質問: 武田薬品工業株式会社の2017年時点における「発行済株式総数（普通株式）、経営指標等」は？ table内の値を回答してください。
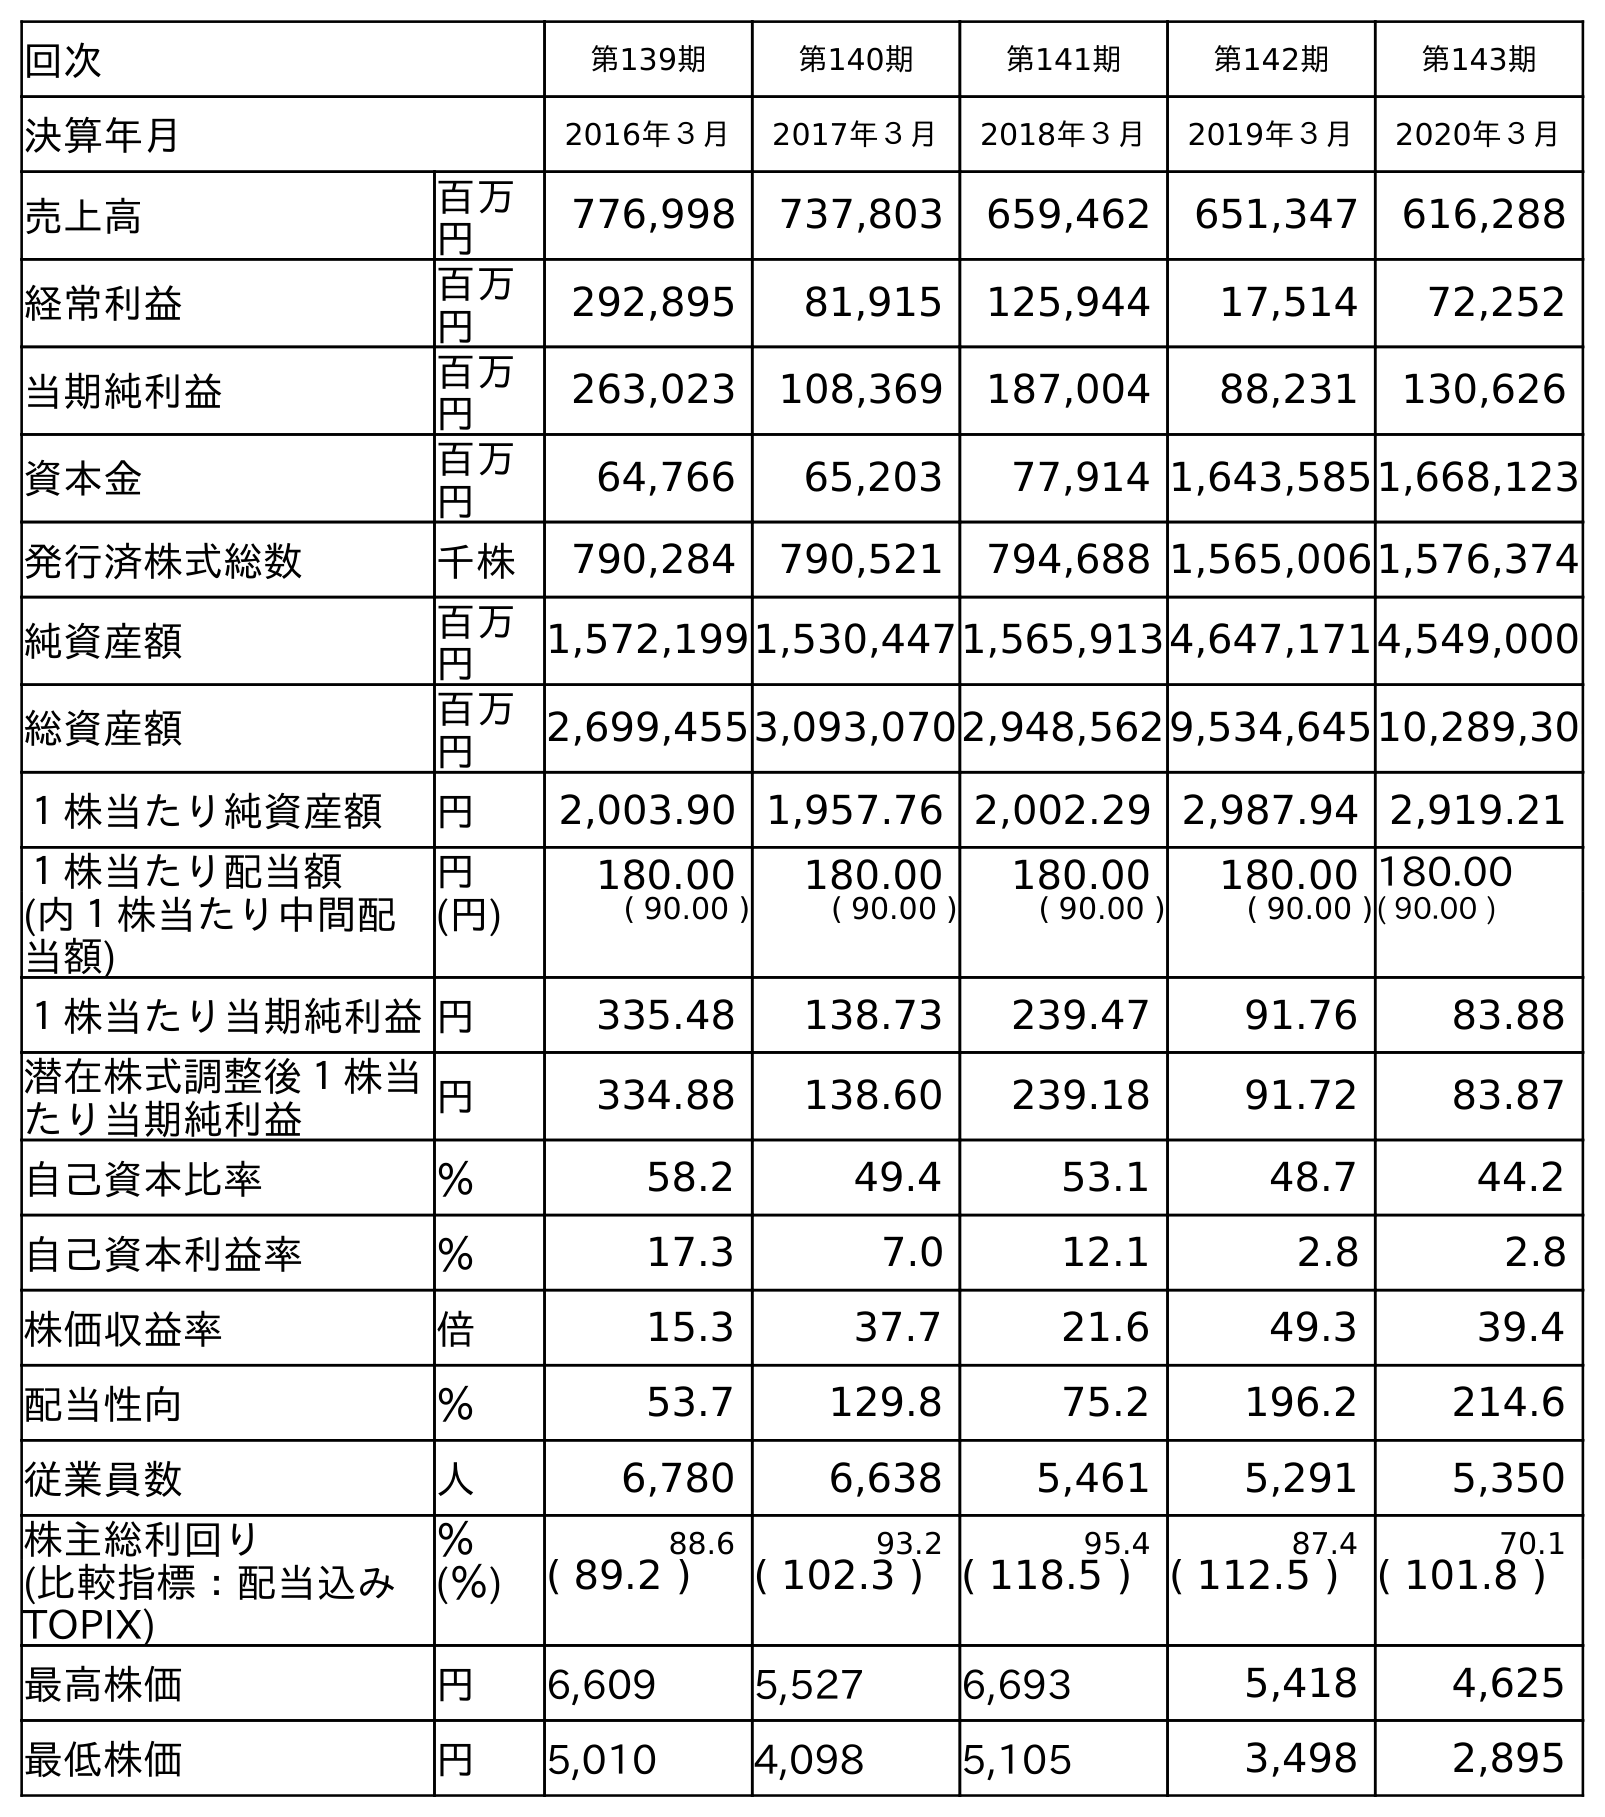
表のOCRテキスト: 回次 第139期 第140期 第141期 第142期 第143期 決算年月 2016年３月 2017年３月 2018年３月 2019年３月 2020年３月 売上高 百万 円 776,998 737,803 659,462 651,347 616,288 経常利益 百万 円 292,895 81,915 125,944 17,514 72,252 当期純利益 百万 円 263,023 108,369 187,004 88,231 130,626 資本金 百万 円 64,766 65,203 77,914 1,643,5851,668,123 発行済株式総数 千株 790,284 790,521 794,688 1,565,0061,576,374 純資産額 百万 円 1,572,1991,530,4471,565,9134,647,1714,549,000 総資産額 百万 円 2,699,4553,093,0702,948,5629,534,64510,289,30 １株当たり純資産額 円 2,003.90 1,957.76 2,002.29 2,987.94 2,919.21 １株当たり配当額 円 180.00 180.00 180.00 180.00 180.00 (内１株当たり中間配 当額) (円) ( 90.00 ) ( 90.00 ) ( 90.00 ) ( 90.00 )( 90.00 ) １株当たり当期純利益円 335.48 138.73 239.47 91.76 83.88 潜在株式調整後１株当 たり当期純利益 円 334.88 138.60 239.18 91.72 83.87 自己資本比率 ％ 58.2 49.4 53.1 48.7 44.2 自己資本利益率 ％ 17.3 7.0 12.1 2.8 2.8 株価収益率 倍 15.3 37.7 21.6 49.3 39.4 配当性向 ％ 53.7 129.8 75.2 196.2 214.6 従業員数 人 6,780 6,638 5,461 5,291 5,350 株主総利回り ％ 88.6 93.2 95.4 87.4 70.1 (比較指標：配当込み TOPIX) (％) ( 89.2 ) ( 102.3 ) ( 118.5 ) ( 112.5 ) ( 101.8 ) 最高株価 円 6,609 5,527 6,693 5,418 4,625 最低株価 円 5,010 4,098 5,105 3,498 2,895
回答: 790,521